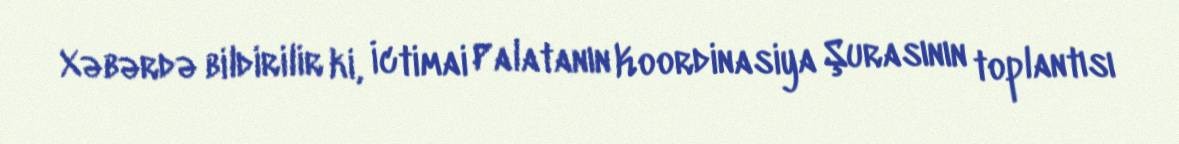
Xəbərdə bildirilir ki, İctimai Palatanın Koordinasiya Şurasının toplantısı